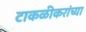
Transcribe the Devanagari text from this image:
टाकळीकरांच्या